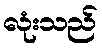
လုံးသည်